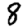
Digit: 8